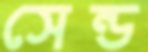
সেন্ড